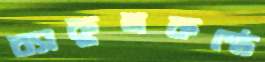
ব্যাকুলকণ্ঠে